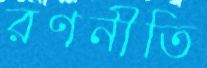
রণনীতি